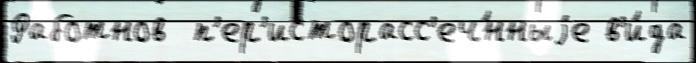
Работнов  п'ер'исторасс'еч́нныjе в'и́да